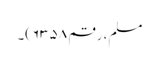
مسلم، رقم ۶۳۵۸)۔